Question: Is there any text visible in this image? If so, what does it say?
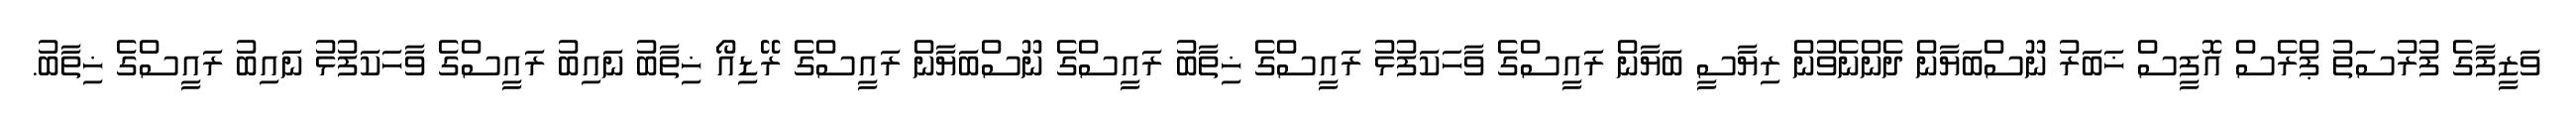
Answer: ވަޒީފާގެ ފުރުސަތު ޕްރެސް އޮފީސް ޚަބަރު ނޫސްބަޔާން ދެންނެވުން ރިޔާސީ ބަޔާން ރައީސްގެ ވާހަކަފުޅު ރައީސްގެ ޚިތާބު ރައީސްގެ ނޫސްބަޔާން ރައީސްގެ ރޭޑިއޯ ޚިތާބު ނައިބު ރައީސްގެ ވާހަކަފުޅު ނައިބު ރައީސްގެ ޚިތާބު.